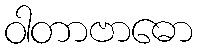
ဝါတာဗာဓော